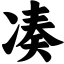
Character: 凑